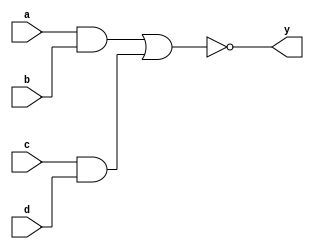
module ex4_to_1(y, a, b, c, d);
	output y;
	input a, b, c, d;
	reg y, tmp1, tmp2;
	always @(a or c or d or b) begin
		tmp1 = a & b;
		tmp2 = c & d;
		y = ~(tmp1|tmp2);
	end
endmodule